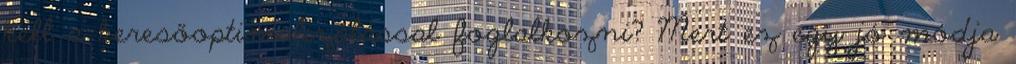
kell a keresőoptimalizálással foglalkozni? Mert ez egy jó módja